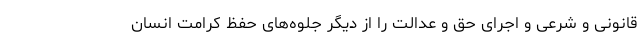
قانونی و شرعی و اجرای حق و عدالت را از دیگر جلوه‌های حفظ کرامت انسان